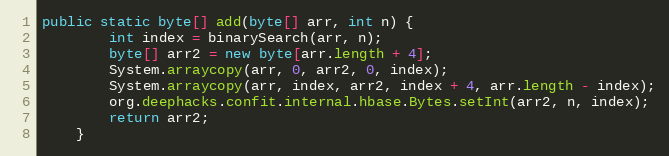
Language: Java
public static byte[] add(byte[] arr, int n) {
        int index = binarySearch(arr, n);
        byte[] arr2 = new byte[arr.length + 4];
        System.arraycopy(arr, 0, arr2, 0, index);
        System.arraycopy(arr, index, arr2, index + 4, arr.length - index);
        org.deephacks.confit.internal.hbase.Bytes.setInt(arr2, n, index);
        return arr2;
    }